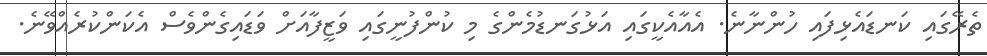
ތެރޭގައި ކަނޑައެޅިފައި ހުންނާނެ. އެއާއެކީގައި އަޅުގަނޑުމެންގެ މި ކުންފުނީގައި ވަޒީފާއަށް ވަޑައިގެންވެސް އެކަންކުރެއްވޭނެ.